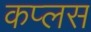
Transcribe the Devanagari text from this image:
कप्लस